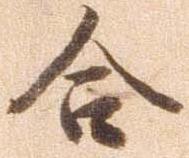
合